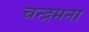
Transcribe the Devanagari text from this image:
चन्द्रमना